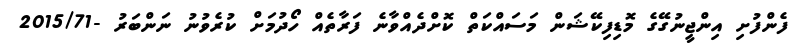
ފެންފުށި އިންޖީނުގޭގެ މޮޑިފިކޭޝަން މަސައްކަތް ކޮށްދެއްވާނެ ފަރާތެއް ހޯދުމަށް ކުރެވުނު ނަންބަރު -2015/71